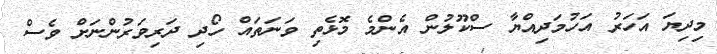
މިދިޔަ އަހަރު އަހުމަދިއްޔާ ސްކޫލުން އެންމެ މޮޅެތި ވަނަތައް ހޯދި ދަރިވަރުންނަށް ވެސް